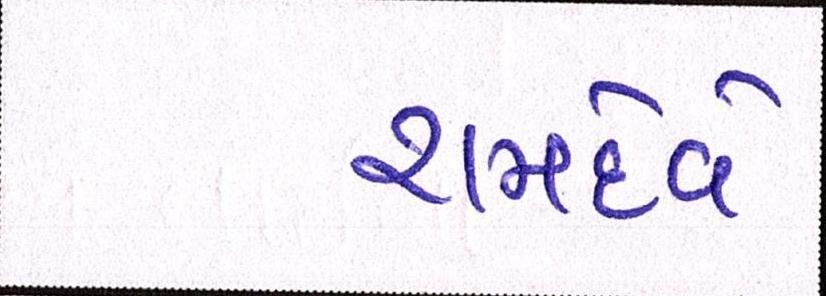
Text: રામદેવે